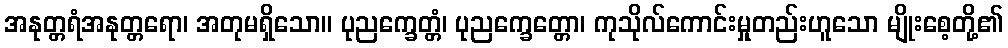
အနုတ္တရံအနုတ္တရော၊ အတုမရှိသော။ ပုညက္ခေတ္တံ၊ ပုညက္ခေတ္တော၊ ကုသိုလ်ကောင်းမှုတည်းဟူသော မျိုးစေ့တို့၏